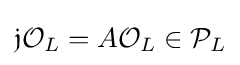
{\mathfrak {j}}{\mathcal {O}}_{L}=A{\mathcal {O}}_{L}\in {\mathcal {P}}_{L}